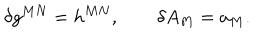
LaTeX: \delta g ^ { M N } = h ^ { M N } , \qquad \delta A _ { M } = a _ { M } .